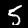
Label: 5